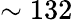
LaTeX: \sim 132